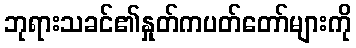
ဘုရားသခင်၏နှုတ်ကပတ်တော်များကို